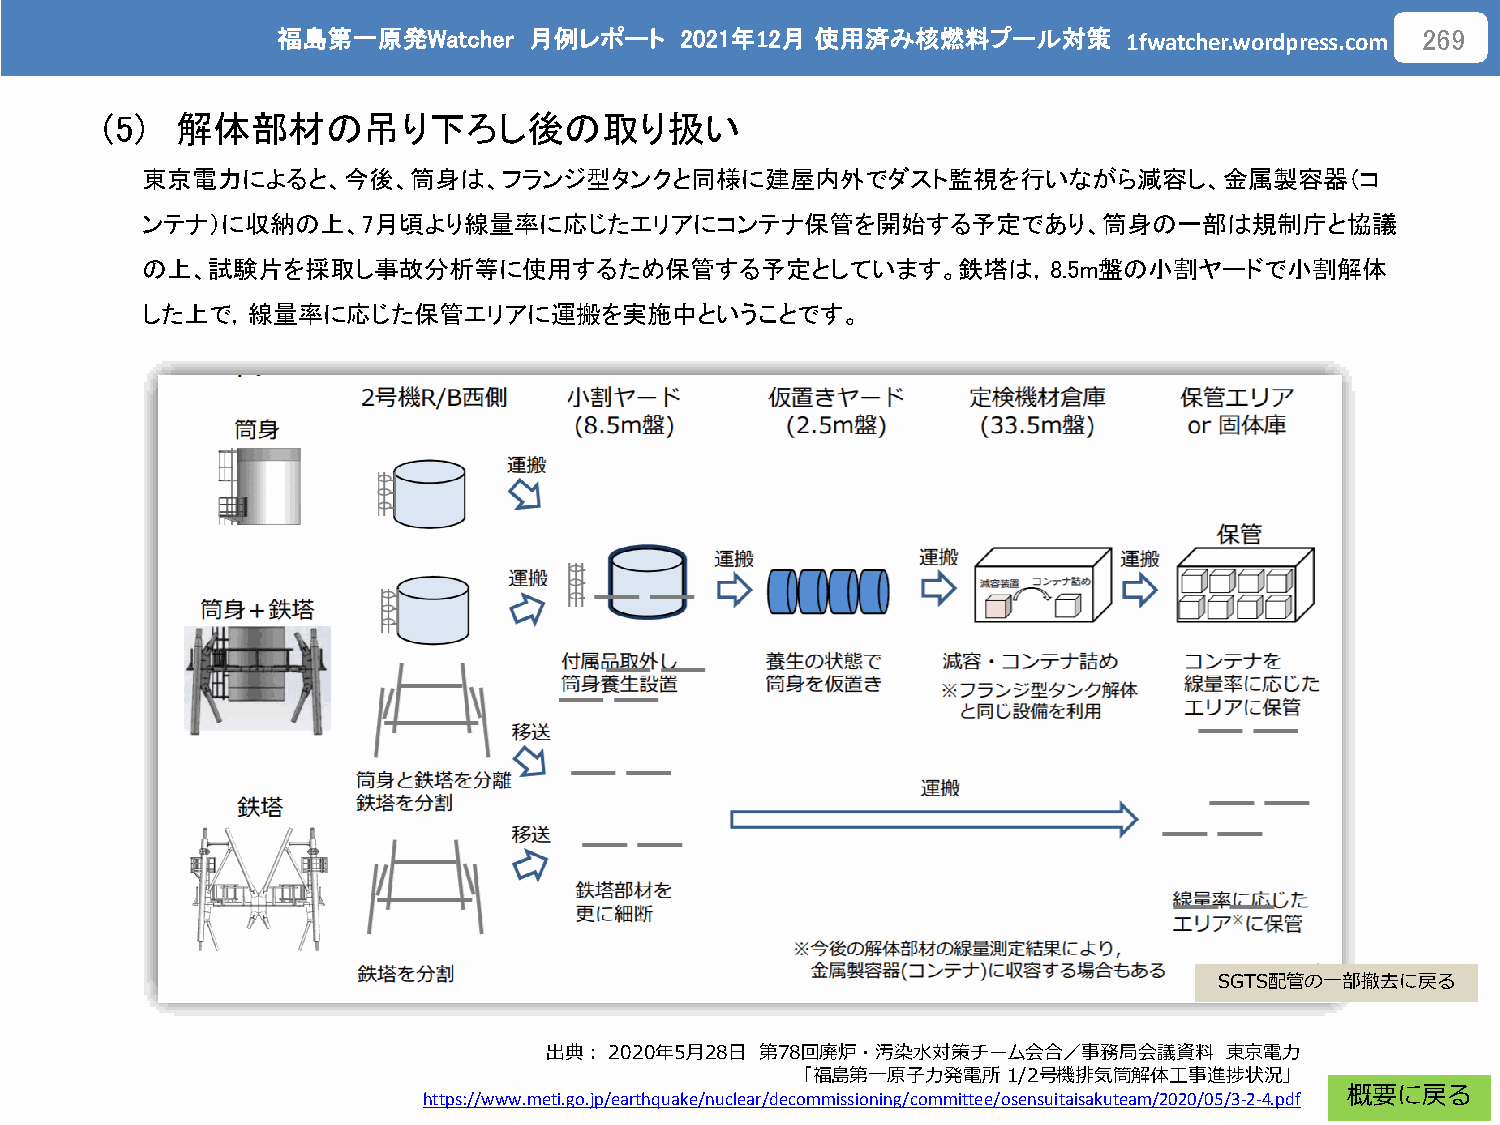
福島第一原発Watcher    月例レポート    2021年12月 使用済み核燃料プール対策
 1fwatcher.wordpress.com
 269
 (5)  解体部材の吊り下ろし後の取り扱い
 東京電力によると、今後、筒身は、フランジ型タンクと同様に建屋内外でダスト監視を行いながら減容し、金属製容器（コ
 ンテナ）に収納の上、7月頃より線量率に応じたエリアにコンテナ保管を開始する予定であり、筒身の一部は規制庁と協議
 の上、試験片を採取し事故分析等に使用するため保管する予定としています。鉄塔は，8.5m盤の小割ヤードで小割解体
 した上で，線量率に応じた保管エリアに運搬を実施中ということです。
 SGTS配管の一部撤去に戻る
 出典：2020年5月28日 第78回廃炉・汚染水対策チーム会合／事務局会議資料      東京電力
 「福島第一原子力発電所1/2号機排気筒解体工事進捗状況」
 https://www.meti.go.jp/earthquake/nuclear/decommissioning/committee/osensuitaisakuteam/2020/05/3-2-4.pdf 概要に戻る